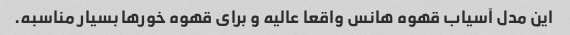
این مدل آسیاب قهوه هانس واقعا عالیه و برای قهوه خورها بسیار مناسبه.